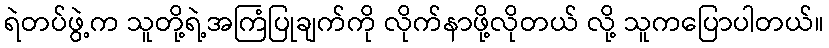
ရဲတပ်ဖွဲ့က သူတို့ရဲ့အကြံပြုချက်ကို လိုက်နာဖို့လိုတယ် လို့ သူကပြောပါတယ်။